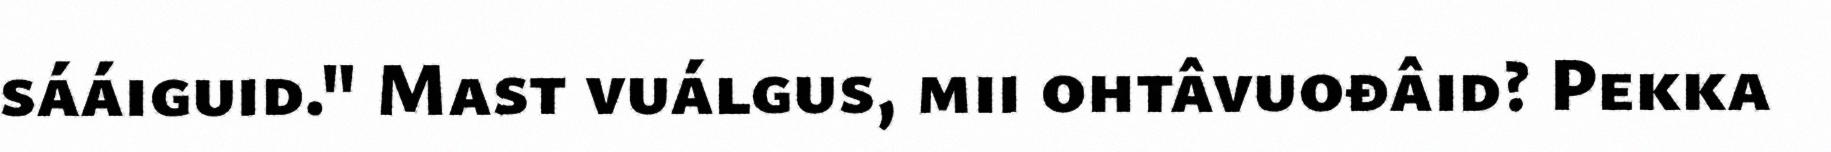
sááiguid." Mast vuálgus, mii ohtâvuođâid? Pekka